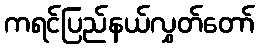
ကရင်ပြည်နယ်လွှတ်တော်